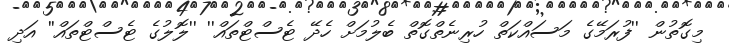
މިގޮތުން ''ފުރަމޭގެ މަސައްކަތް ހުރިނެތްގޮތް ބެލުމަށް ހެދޭ ޓެސްޓްތައް'' ''ލޮލުގެ ޓެސްޓްތައް'' އަދި